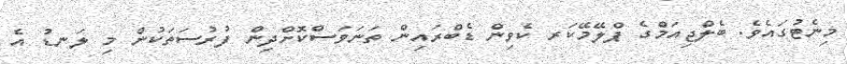
މިނެޓުގައެވެ. ބެލްޖިއަމްގެ ޕްލޭމޭކަރ ކެވިން ޑެބްރައިން ތަނަވަސްކޮށްދިން ފުރުސަތަކުން މި ލަނޑު އެ